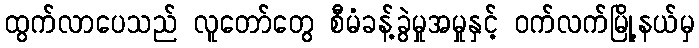
ထွက်လာပေသည် လူတော်တွေ စီမံခန့်ခွဲမှုအမှုနှင့် ဝက်လက်မြို့နယ်မှ